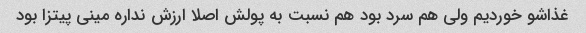
غذاشو خوردیم ولی هم سرد بود هم نسبت به پولش اصلا ارزش نداره مینی پیتزا بود